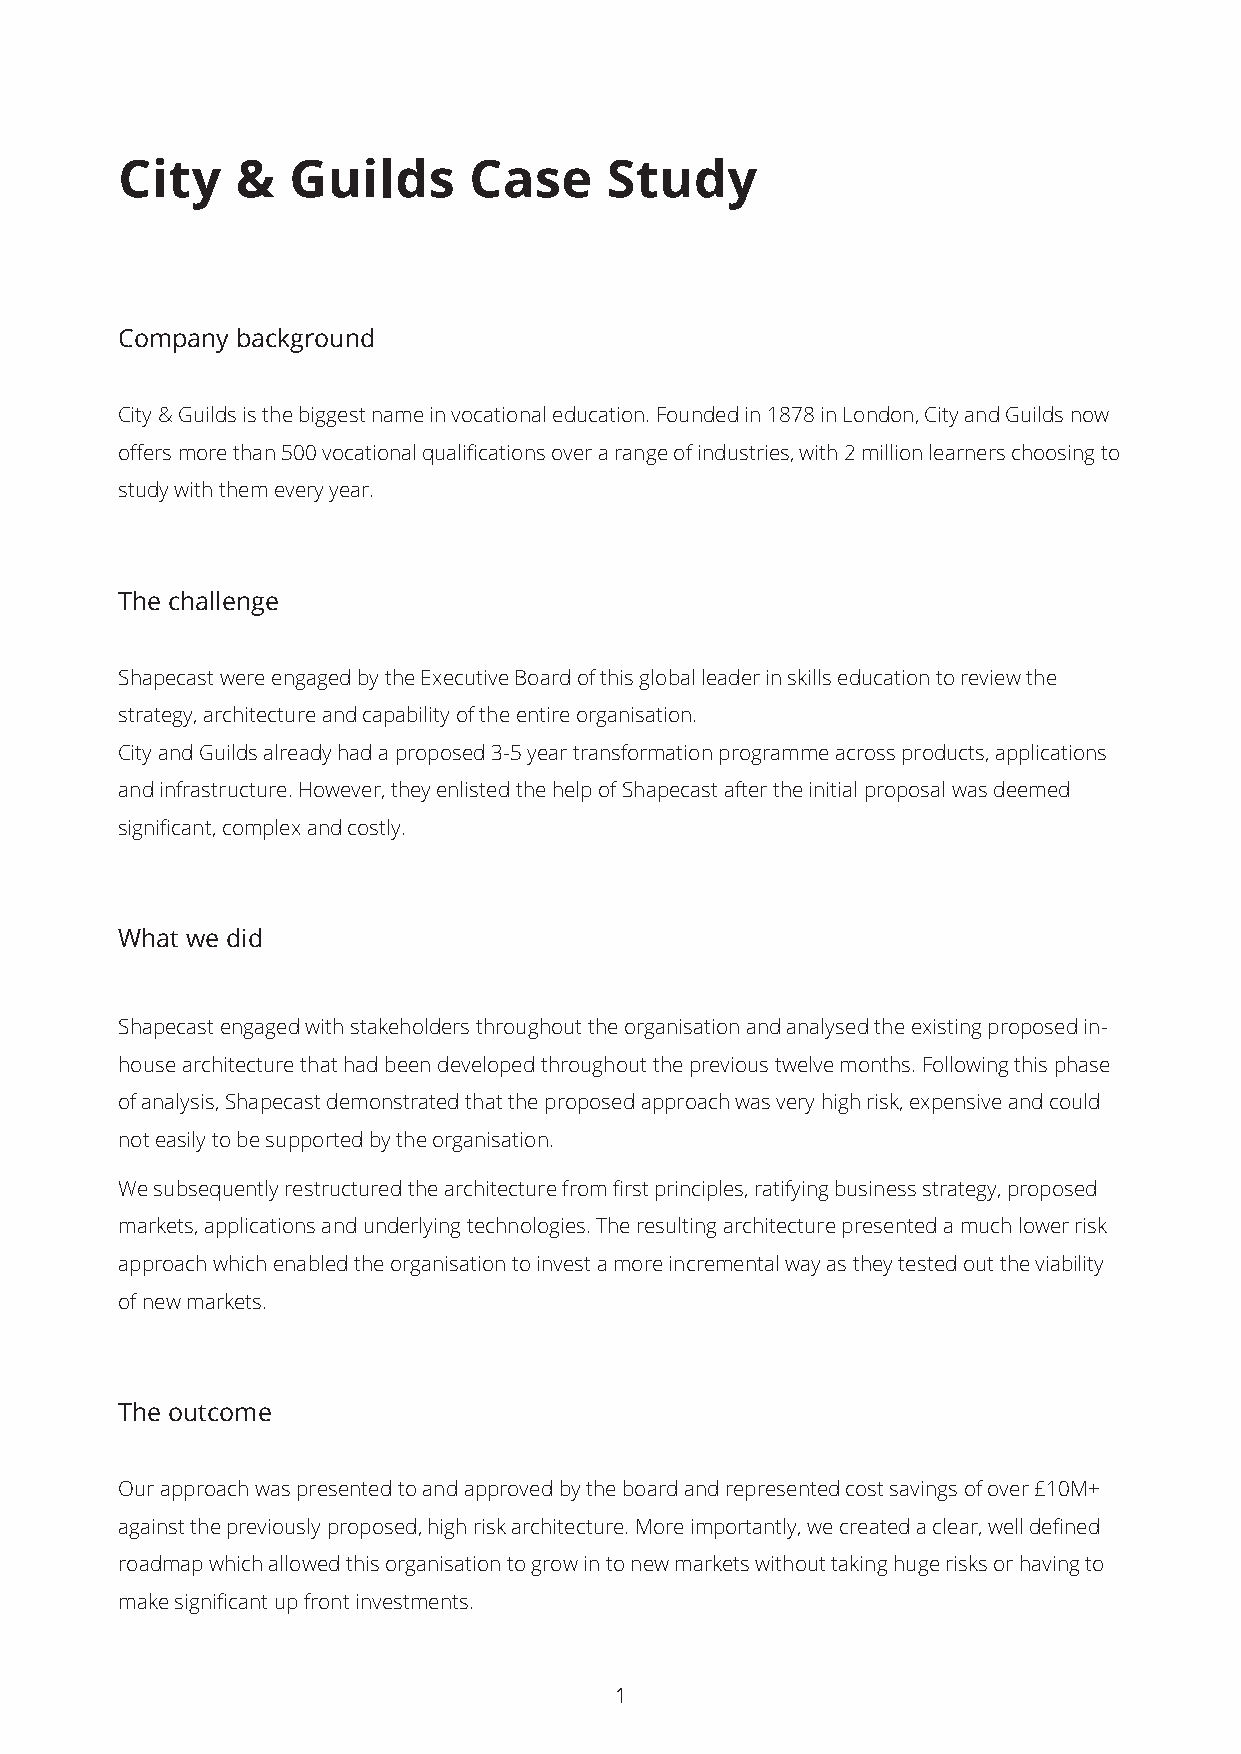
City    &  Guilds      Case     Study
 Company background
 City & Guilds is the biggest name in vocational education. Founded in 1878 in London, City and Guilds now
 offers more than 500 vocational qualifications over a range of industries, with 2 million learners choosing to
 study with them every year.
 The challenge
 Shapecast were engaged by the Executive Board of this global leader in skills education to review the
 strategy, architecture and capability of the entire organisation.
 City and Guilds already had a proposed 3-5 year transformation programme across products, applications
 and infrastructure. However, they enlisted the help of Shapecast after the initial proposal was deemed
 significant, complex and costly.
 What we did
 Shapecast engaged with stakeholders throughout the organisation and analysed the existing proposed in-
 house architecture that had been developed throughout the previous twelve months. Following this phase
 of analysis, Shapecast demonstrated that the proposed approach was very high risk, expensive and could
 not easily to be supported by the organisation.
 We subsequently restructured the architecture from first principles, ratifying business strategy, proposed
 markets, applications and underlying technologies. The resulting architecture presented a much lower risk
 approach which enabled the organisation to invest a more incremental way as they tested out the viability
 of new markets.
 The outcome
 Our approach was presented to and approved by the board and represented cost savings of over £10M+
 against the previously proposed, high risk architecture. More importantly, we created a clear, well defined
 roadmap which allowed this organisation to grow in to new markets without taking huge risks or having to
 make significant up front investments.
 1